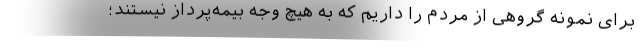
برای نمونه گروهی از مردم را داریم که به هیچ وجه بیمه‌پرداز نیستند؛